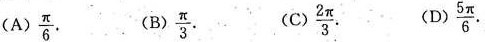
(A)\frac{\pi}{6}. (B)\frac{\pi}{3}. (C)\frac{2 \pi}{3}. (D)\frac{5 \pi}{6}.